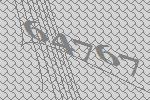
64767